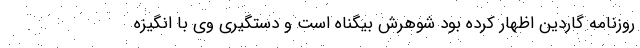
روزنامه گاردین اظهار کرده بود شوهرش بیگناه است و دستگیری وی با انگیزه